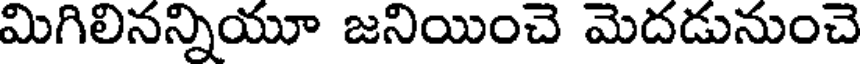
మిగిలినన్నియూ జనియించె మెదడునుంచె